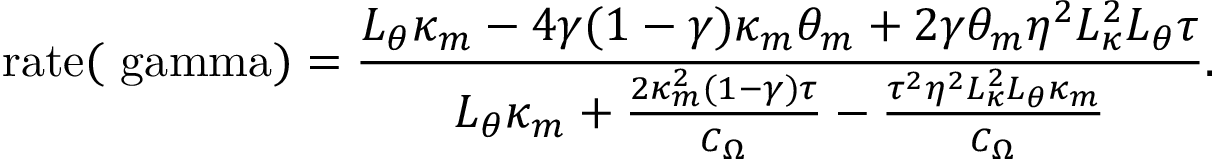
\mathrm { r a t e ( \ g a m m a ) } = \frac { L _ { \theta } \kappa _ { m } - 4 \gamma ( 1 - \gamma ) \kappa _ { m } \theta _ { m } + 2 \gamma \theta _ { m } \eta ^ { 2 } L _ { \kappa } ^ { 2 } L _ { \theta } \tau } { L _ { \theta } \kappa _ { m } + \frac { 2 \kappa _ { m } ^ { 2 } ( 1 - \gamma ) \tau } { C _ { \Omega } } - \frac { \tau ^ { 2 } \eta ^ { 2 } L _ { \kappa } ^ { 2 } L _ { \theta } \kappa _ { m } } { C _ { \Omega } } } .